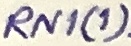
Text: RN1(1)